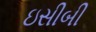
ઇસીબી